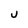
Character: U